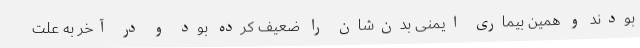
بودند و همین بیماری ایمنی بدن‌شان را ضعیف کرده بود و در آخر به علت